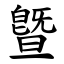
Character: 曁